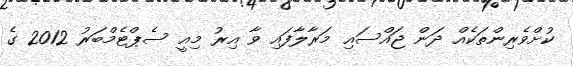
ކުށްވެރިންތަކެއް ދަން ޖައްސައި މަރާލާފައި ވާ އިރު މިއީ ސެޕްޓެމްބަރު 2012 ގެ